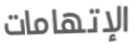
الإتهامات